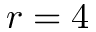
r = 4